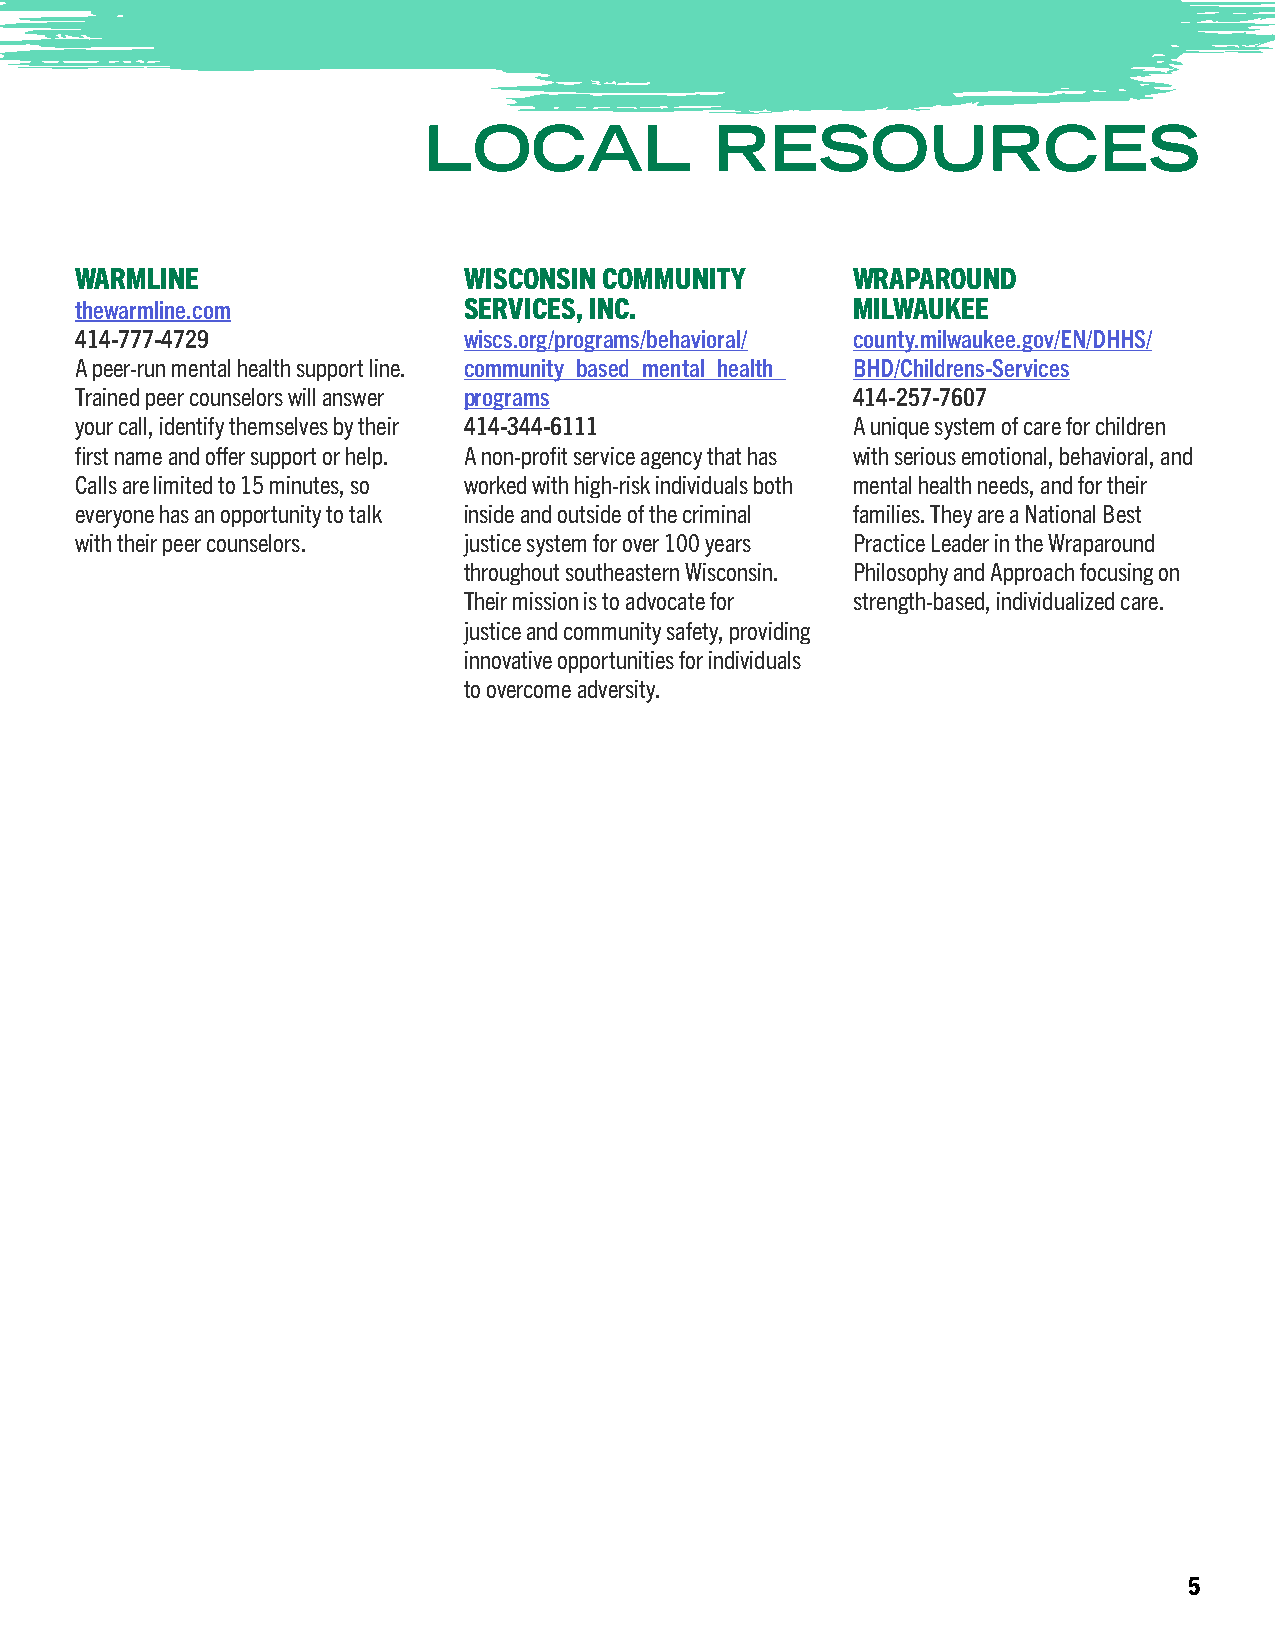
LOCAL              RESOURCES
 WARMLINE                  WISCONSIN COMMUNITY      WRAPAROUND
 thewarmline.com           SERVICES, INC.           MILWAUKEE
 414-777-4729              wiscs.org/programs/behavioral/ county.milwaukee.gov/EN/DHHS/
 A peer-run mental health support line. community_based_mental_health_ BHD/Childrens-Services
 Trained peer counselors will answer programs       414-257-7607
 your call, identify themselves by their 414-344-6111 A unique system of care for children
 first name and offer support or help. A non-profit service agency that has with serious emotional, behavioral, and
 Calls are limited to 15 minutes, so worked with high-risk individuals both mental health needs, and for their
 everyone has an opportunity to talk inside and outside of the criminal families. They are a National Best
 with their peer counselors. justice system for over 100 years Practice Leader in the Wraparound
 throughout southeastern Wisconsin. Philosophy and Approach focusing on
 Their mission is to advocate for strength-based, individualized care.
 justice and community safety, providing
 innovative opportunities for individuals
 to overcome adversity.
 5